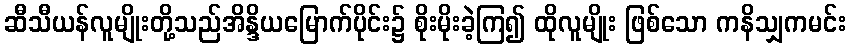
ဆီသီယန်လူမျိုးတို့သည်အိန္ဒိယမြောက်ပိုင်း၌ စိုးမိုးခဲ့ကြ၍ ထိုလူမျိုး ဖြစ်သော ကနိသျှကမင်း